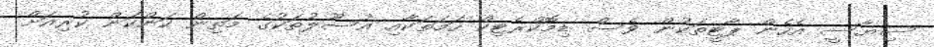
ސިޔާސީ އެހެން ޕާޓީތަކުން ވެސް ޑިމޮކްރެޓިކް ހަމަތަކާއި އުސޫލުތަކުގެ މަތިން ކަންކަން ކުރިއަށް